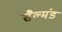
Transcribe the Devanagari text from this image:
सैल्मंड